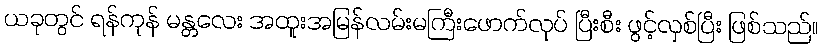
ယခုတွင် ရန်ကုန် မန္တလေး အထူးအမြန်လမ်းမကြီးဖောက်လုပ် ပြီးစီး ဖွင့်လှစ်ပြီး ဖြစ်သည်။